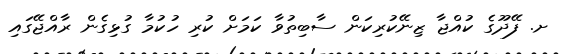
ށ. ފޭދޫގެ ކުއްޖާ ޒިނޭކުރިކަން ސާބިތުވާ ކަމަށް ކުރި ހުކުމާ ގުޅިގެން ރާއްޖޭގައި